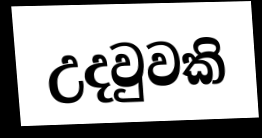
උදවුවකි